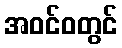
အဝင်ဝတွင်